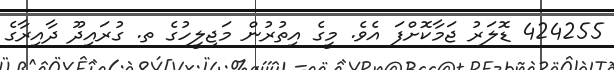
424255 ޑޮލަރު ޖަމާކޮށްފަ އެވެ. މީގެ އިތުރުން މަޖިލީހުގެ ތ. ގުރައިދޫ ދާއިރާގެ